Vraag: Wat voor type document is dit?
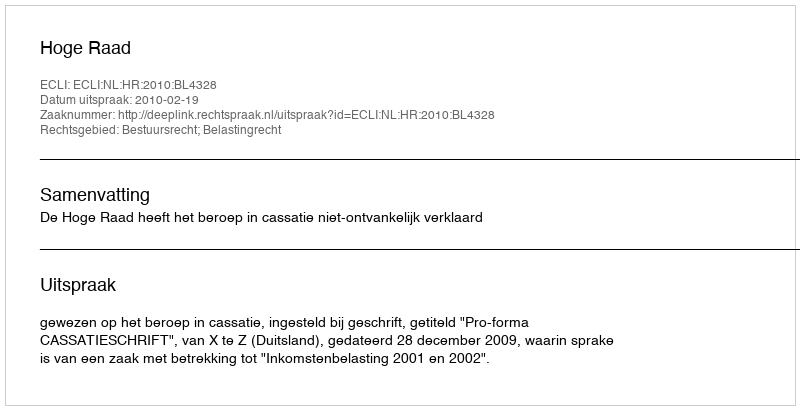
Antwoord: Uitspraak